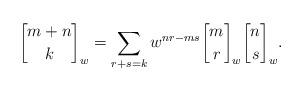
LaTeX: \begin{align*} {m+n\brack k}_w=\sum\limits_{r+s=k}w^{nr-ms}{m\brack r}_w{n\brack s}_w. \end{align*}